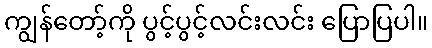
ကျွန်တော့်ကို ပွင့်ပွင့်လင်းလင်း ပြောပြပါ။